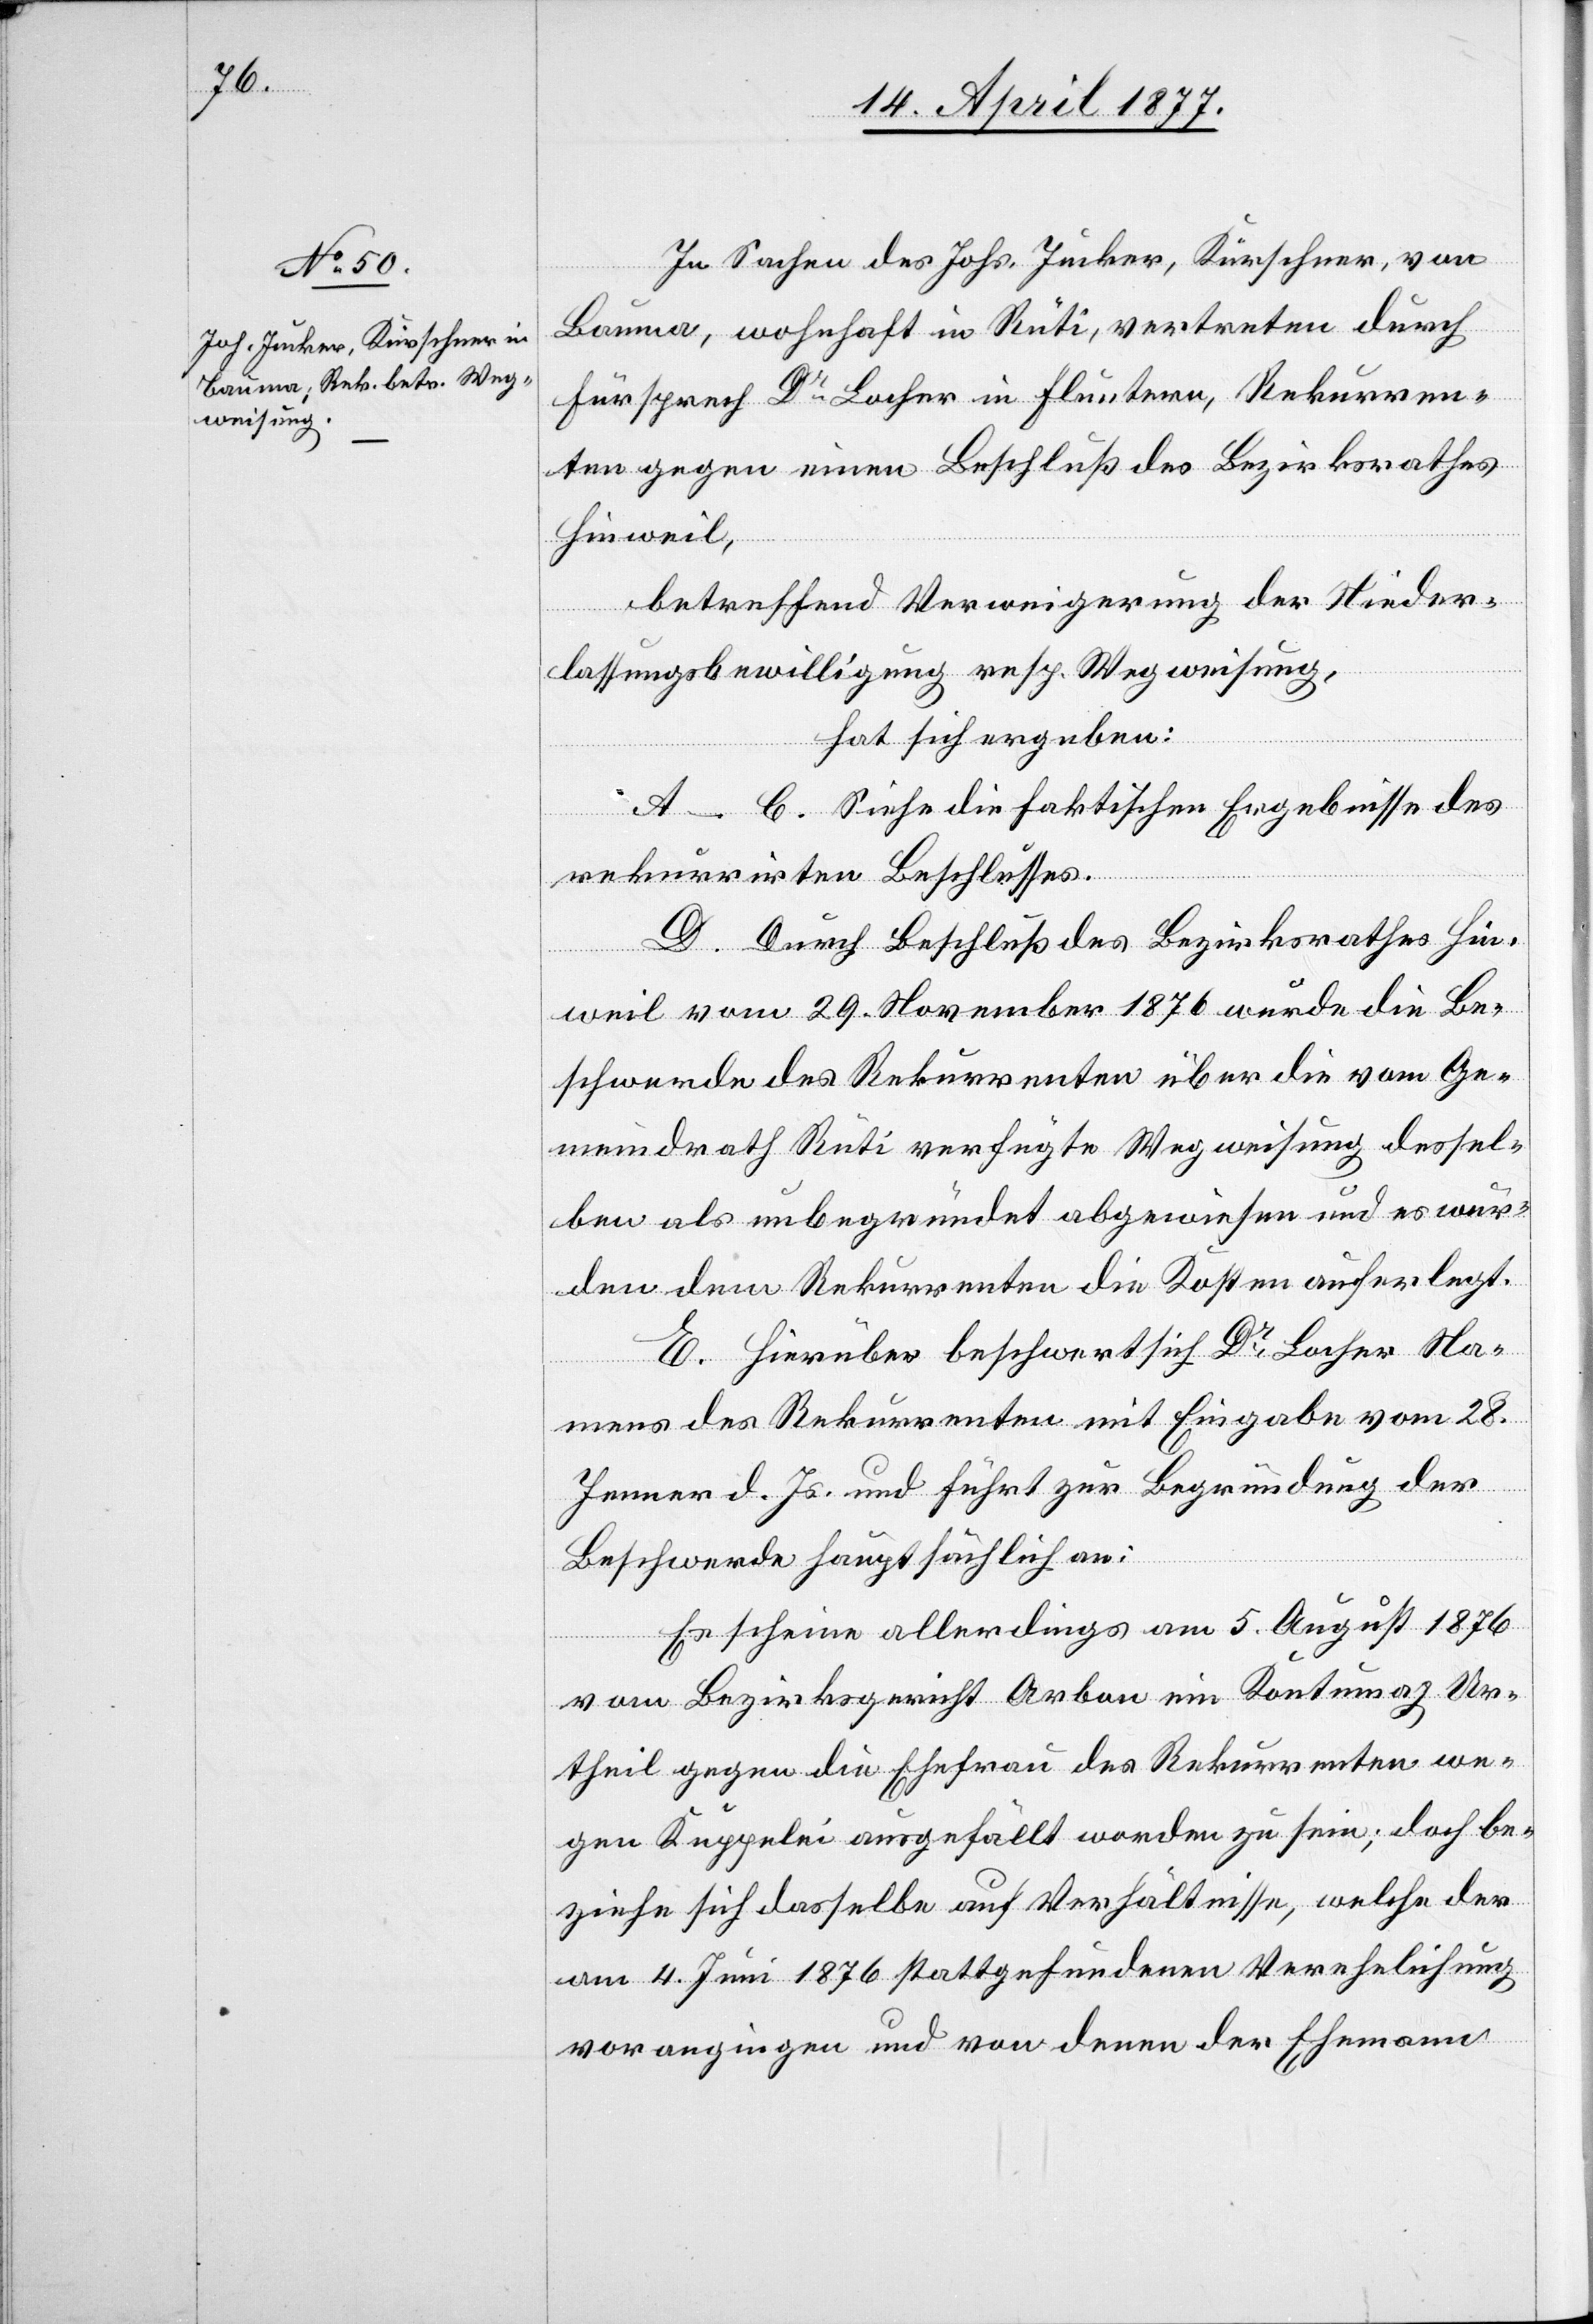
In Sachen des Johs. Jucker, Kürschner, von
Bauma, wohnhaft in Rüti, vertreten durch
Fürsprech Dr Locher in Fluntern, Rekurren¬
ten gegen einen Beschluß des Bezirksrathes
Hinweil,
betreffend Verweigerung der Nieder¬
lassungsbewilligung resp. Wegweisung,
hat sich ergeben:
A–C. Siehe die faktischen Ergebnisse des
rekurrirten Beschlusses.
D. Durch Beschluß des Bezirksrathes Hin¬
weil vom 29. November 1876 wurde die Be¬
schwerde des Rekurrenten über die vom Ge¬
meindrath Rüti verfügte Wegweisung dessel¬
ben als unbegründet abgewiesen und es wur¬
den dem Rekurrenten die Kosten auferlegt.
E. Hierüber beschwert sich Dr Locher Na¬
mens des Rekurrenten mit Eingabe vom 28.
Jenner d. Js. und führt zur Begründung der
Beschwerde hauptsächlich an:
Es scheine allerdings am 5. August 1876
vom Bezirksgericht Arbon ein Kontumaz Ur¬
theil gegen die Ehefrau des Rekurrenten we¬
gen Kuppelei ausgefällt worden zu sein; doch be¬
ziehe sich dasselbe auf Verhältnisse, welche der
am 4. Juni 1876 stattgefundenen Verehelichung
vorangingen und von denen der Ehemann